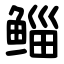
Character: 鲻